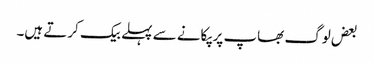
بعض لوگ بھاپ پر پکانے سے پہلے بیک کرتے ہیں۔